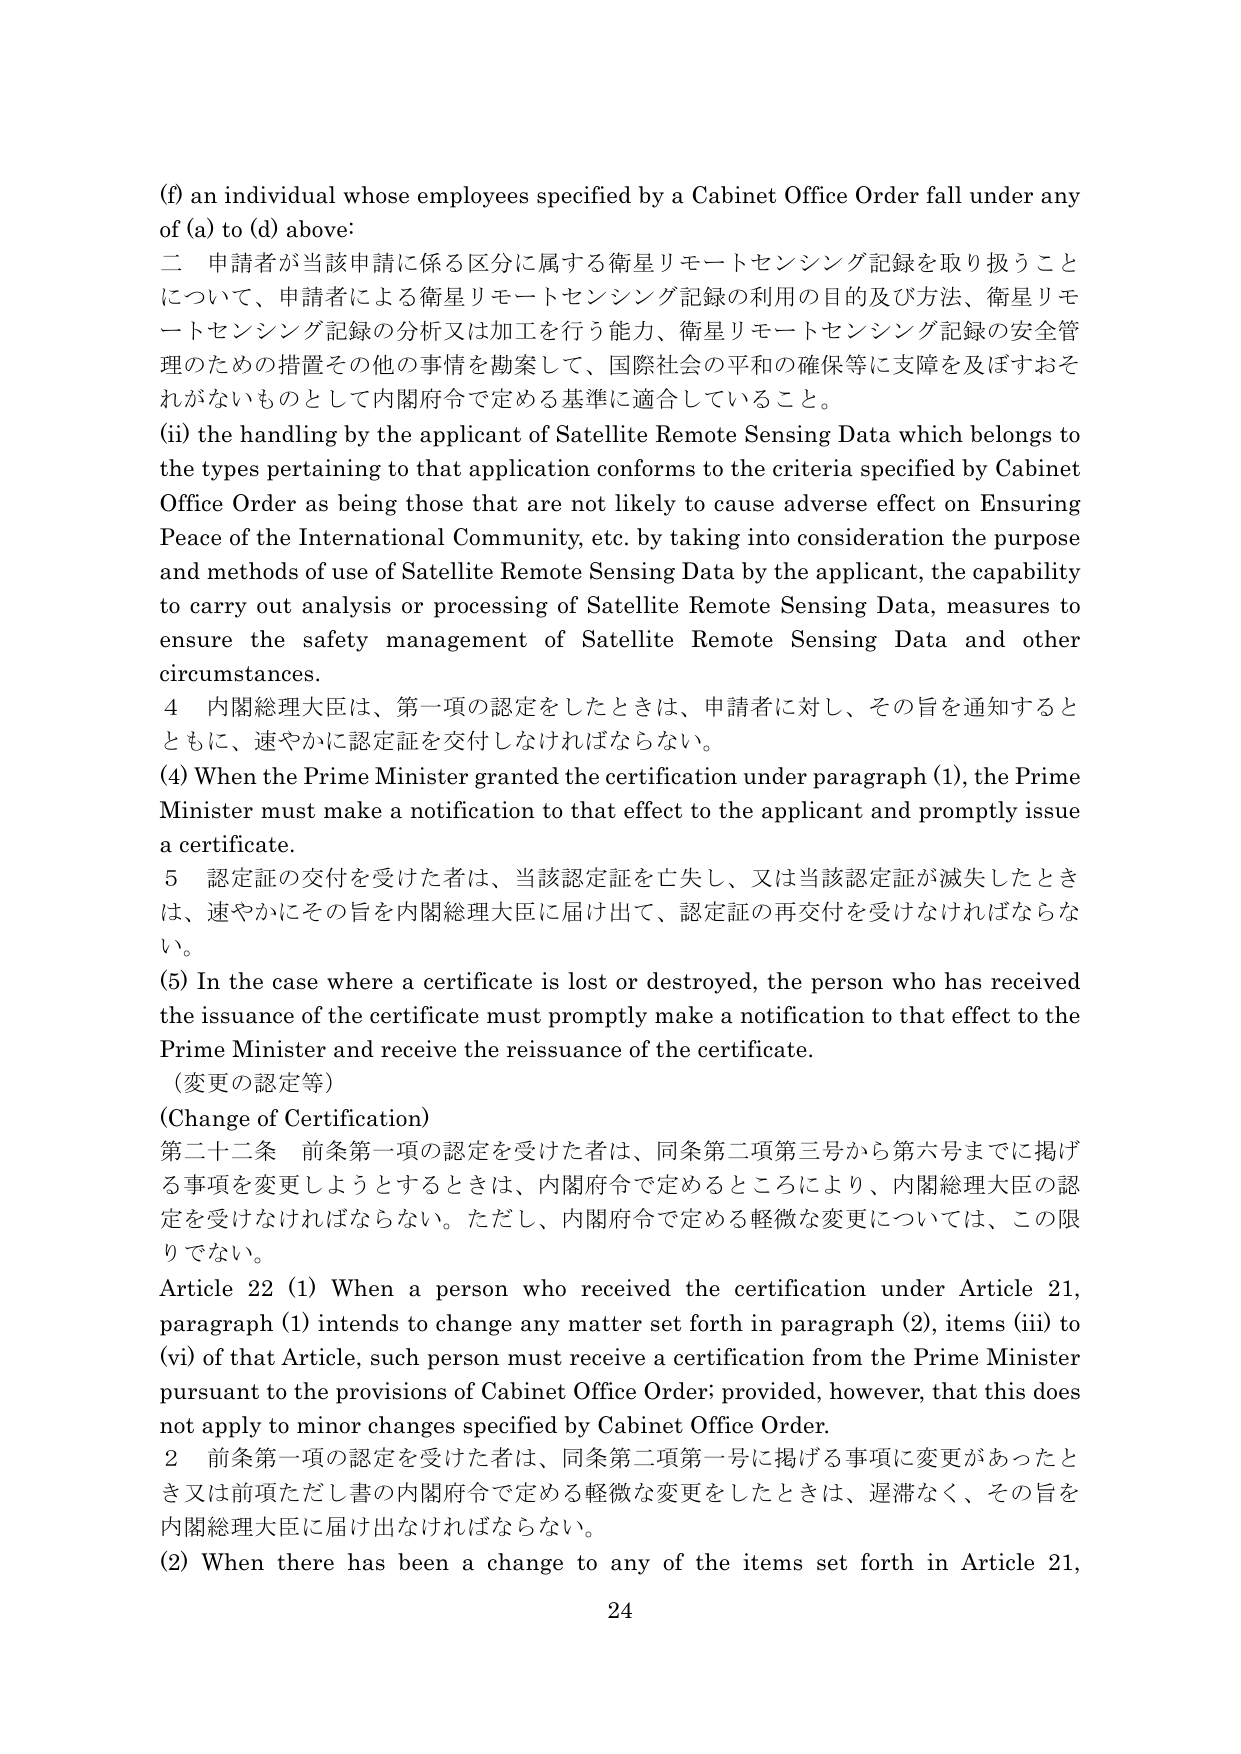
(f) an individual whose employees specified by a Cabinet Office Order fall under any of (a) to (d) above:
二 申請者が当該申請に係る区分に属する衛星リモートセンシング記録を取り扱うことについて、申請者による衛星リモートセンシング記録の利用の目的及び方法、衛星リモートセンシング記録の分析又は加工を行う能力、衛星リモートセンシング記録の安全管理のための措置その他の事情を勘案して、国際社会の平和の確保等に支障を及ぼすおそれがないものとして内閣府令で定める基準に適合していること。
(ii) the handling by the applicant of Satellite Remote Sensing Data which belongs to the types pertaining to that application conforms to the criteria specified by Cabinet Office Order as being those that are not likely to cause adverse effect on Ensuring Peace of the International Community, etc. by taking into consideration the purpose and methods of use of Satellite Remote Sensing Data by the applicant, the capability to carry out analysis or processing of Satellite Remote Sensing Data, measures to ensure the safety management of Satellite Remote Sensing Data and other circumstances.
4 内閣総理大臣は、第一項の認定をしたときは、申請者に対し、その旨を通知するとともに、速やかに認定証を交付しなければならない。
(4) When the Prime Minister granted the certification under paragraph (1), the Prime Minister must make a notification to that effect to the applicant and promptly issue a certificate.
5 認定証の交付を受けた者は、当該認定証を亡失し、又は当該認定証が滅失したときは、速やかにその旨を内閣総理大臣に届け出て、認定証の再交付を受けなければならない。
(5) In the case where a certificate is lost or destroyed, the person who has received the issuance of the certificate must promptly make a notification to that effect to the Prime Minister and receive the reissuance of the certificate.
（変更の認定等）
(Change of Certification)
第二十二条 前条第一項の認定を受けた者は、同条第二項第三号から第六号までに掲げる事項を変更しようとするときは、内閣府令で定めるところにより、内閣総理大臣の認定を受けなければならない。ただし、内閣府令で定める軽微な変更については、この限りでない。
Article 22 (1) When a person who received the certification under Article 21, paragraph (1) intends to change any matter set forth in paragraph (2), items (iii) to (vi) of that Article, such person must receive a certification from the Prime Minister pursuant to the provisions of Cabinet Office Order; provided, however, that this does not apply to minor changes specified by Cabinet Office Order.
2 前条第一項の認定を受けた者は、同条第二項第一号に掲げる事項に変更があったとき又は前項ただし書の内閣府令で定める軽微な変更をしたときは、遅滞なく、その旨を内閣総理大臣に届け出なければならない。
(2) When there has been a change to any of the items set forth in Article 21,
24